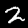
Digit: 2